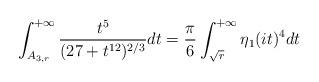
LaTeX: \begin{align*}\int^{+\infty}_{A_{3,r}}\frac{t^5}{(27+t^{12})^{2/3}}dt=\frac{\pi}{6}\int^{+\infty}_{\sqrt{r}}\eta_1(it)^4dt\end{align*}